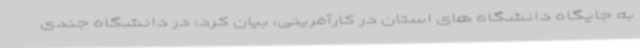
به جایگاه دانشگاه های استان در کارآفرینی، بیان کرد: در دانشگاه جندی